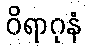
ဝိရာဂုနံ